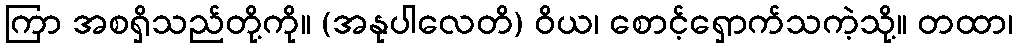
ကြာ အစရှိသည်တို့ကို။ (အနုပါလေတိ) ဝိယ၊ စောင့်ရှောက်သကဲ့သို့။ တထာ၊